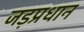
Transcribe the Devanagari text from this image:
जड़प्रधान